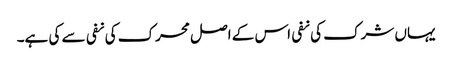
یہاں شرک کی نفی اس کے اصل محرک کی نفی سے کی ہے۔